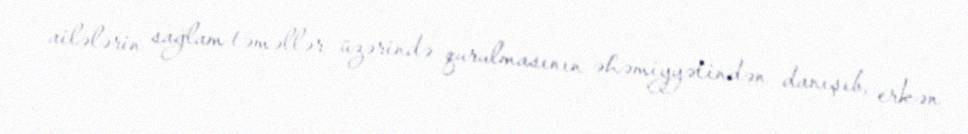
ailələrin sağlam təməllər üzərində qurulmasının əhəmiyyətindən danışıb, erkən